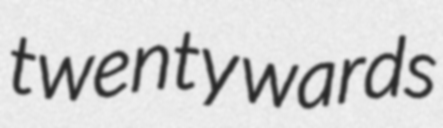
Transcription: twenty wards